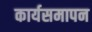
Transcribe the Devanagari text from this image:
कार्यसमापन